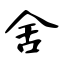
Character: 舍